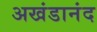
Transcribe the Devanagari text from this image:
अखंडानंद